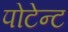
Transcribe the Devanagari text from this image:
पोटेन्ट